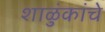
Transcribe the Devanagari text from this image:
शाळुंकांचे